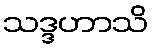
သဒ္ဒဟာသိ